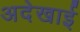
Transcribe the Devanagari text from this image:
अदेखाई